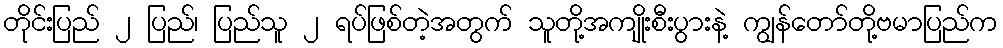
တိုင်းပြည် ၂ ပြည်၊ ပြည်သူ ၂ ရပ်ဖြစ်တဲ့အတွက် သူတို့အကျိုးစီးပွားနဲ့ ကျွန်တော်တို့ဗမာပြည်က